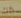
ذاك